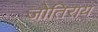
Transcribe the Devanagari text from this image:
जोतिराय